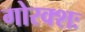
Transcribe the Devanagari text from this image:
गोरक्शः